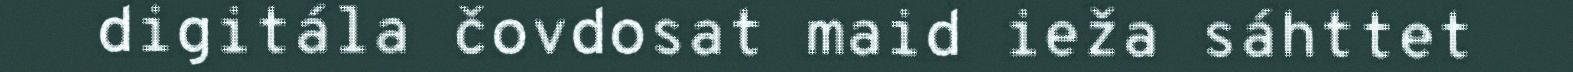
digitála čovdosat maid ieža sáhttet